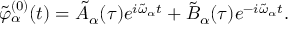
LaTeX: \tilde { \varphi } _ { \alpha } ^ { ( 0 ) } ( t ) = \tilde { A } _ { \alpha } ( \tau ) e ^ { i \tilde { \omega } _ { \alpha } t } + \tilde { B } _ { \alpha } ( \tau ) e ^ { - i \tilde { \omega } _ { \alpha } t } .